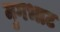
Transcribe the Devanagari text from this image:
मुगभाट